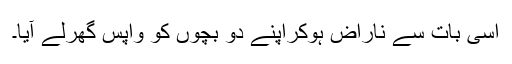
اسی بات سے ناراض ہوکراپنے دو بچوں کو واپس گھرلے آیا۔